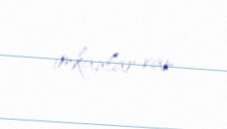
imkanlar var.